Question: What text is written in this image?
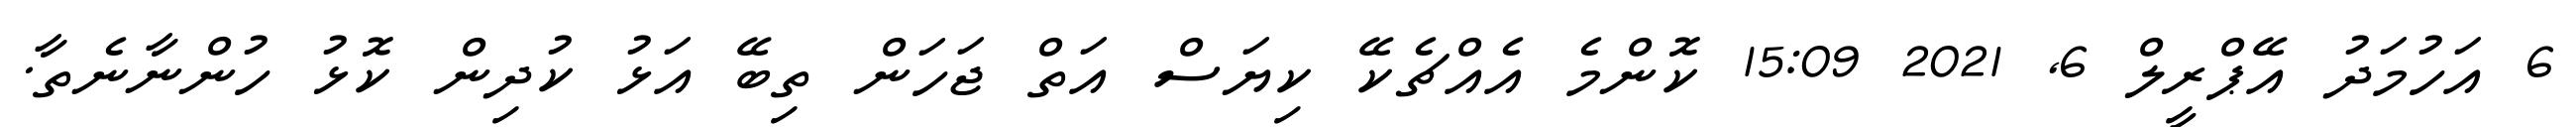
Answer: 6 އަހުމަދު އޭޕްރީލް 6, 2021 15:09 ކޮންމެ އެއްޗެކޭ ކިޔަސް އަތް ޖަހަން ތިބޭ އަޅު ކުދިން ކޮޅު ހުންނާނެތާ.